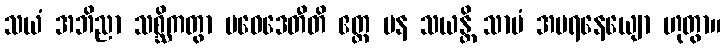
သယံ အဘိညာ သစ္ဆိကတွာ ပဝေဒေတီတိ ဧတ္ထ ပန သယန္တိ သာမံ အပရနေယျော ဟုတွာ။